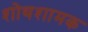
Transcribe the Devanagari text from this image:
शोथशामक